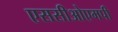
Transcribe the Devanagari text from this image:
एससीओएमपी